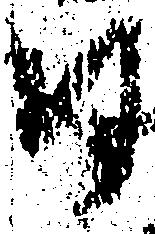
尉